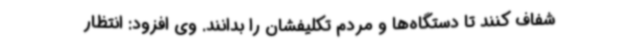
شفاف کنند تا دستگاه‌ها و مردم تکلیفشان را بدانند. وی افزود: انتظار